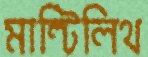
মাল্টিলিথ